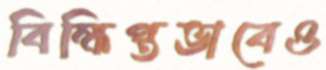
বিক্ষিপ্তভাবেও